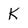
Character: K